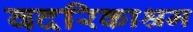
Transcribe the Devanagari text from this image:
वदरिकाश्रम